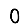
Digit: 0